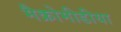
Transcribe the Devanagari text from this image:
मैक्रोमीडीया